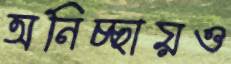
অনিচ্ছায়ও